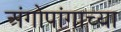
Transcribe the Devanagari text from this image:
अंगोपांगाच्या